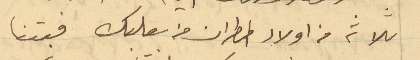
ثلاثة من اولاد المطران من بعلبك فبتنا